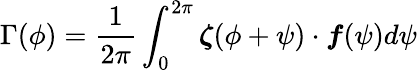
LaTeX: \Gamma(\phi)=\frac{1}{2\pi}\int_{0}^{2\pi}\boldsymbol{\zeta}(\phi+\psi)\cdot\boldsymbol{f}(\psi)d\psi